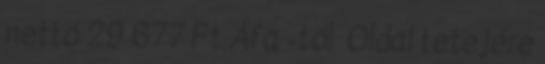
nettó 29 677 Ft Áfa -tól Oldal tetejére